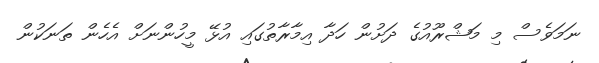
ނަމަވެސް މި މަޝްރޫއުގެ ދަށުން ހަދާ އިމާރާތުގައި އުޅޭ މީހުންނަށް އެހެން ތަނަކުން